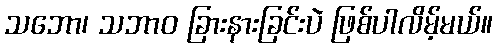
သဘော၊ သဘာဝ ခြားနားခြင်းပဲ ဖြစ်ပါလိမ့်မယ်။